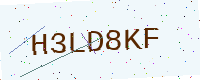
Text: H3LD8KF